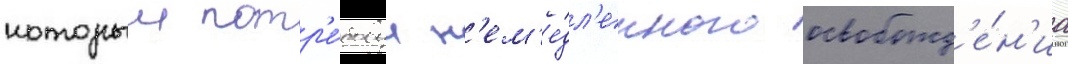
которыи потр'е́бовал н'ем'е́дл'енного освобожд'е́н'иа